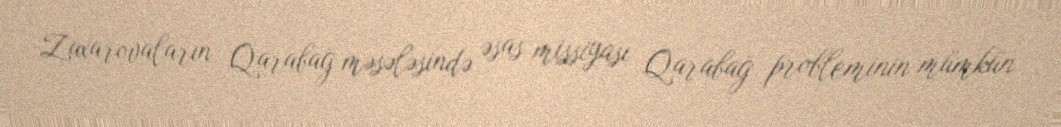
Zaxarovaların Qarabağ məsələsində əsas missiyası Qarabağ probleminin mümkün